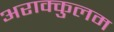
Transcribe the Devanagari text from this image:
अराक्कुलम